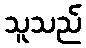
သူသည်